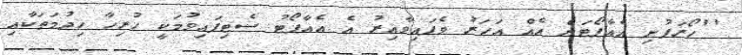
''ހޯރަފުށި އެއާޕޯޓަށް އެއް އަހަރު ވެފައިވާއިރު އެ އެއާޕޯޓު ސެޓިފައިވުމަކީ ހުރިހާ ހިދުމަތަކާއި